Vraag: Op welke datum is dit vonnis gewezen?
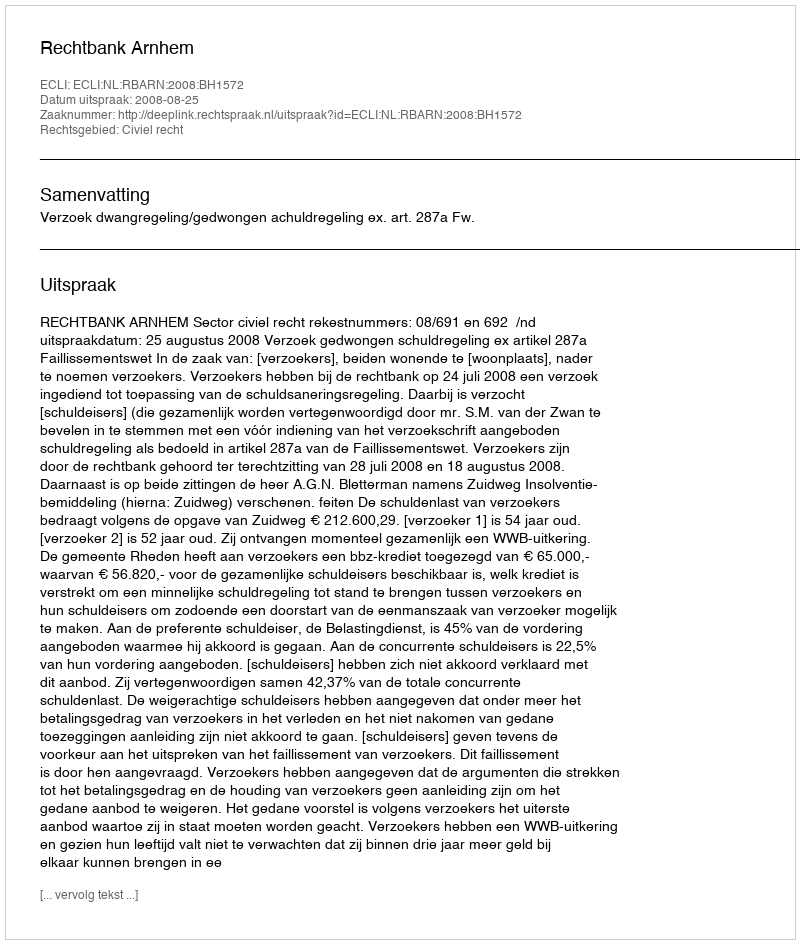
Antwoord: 2008-08-25